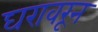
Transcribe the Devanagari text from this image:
घरावरून